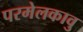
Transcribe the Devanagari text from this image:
परमेलकावु